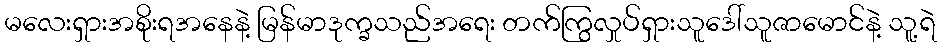
မလေးရှားအစိုးရအနေနဲ့ မြန်မာဒုက္ခသည်အရေး တက်ကြွလှုပ်ရှားသူဒေါ်သူဇာမောင်နဲ့ သူ့ရဲ